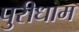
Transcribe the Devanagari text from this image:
पुरीधाम